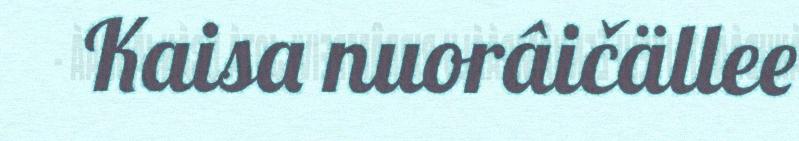
Kaisa nuorâičällee